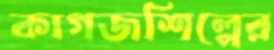
কাগজশিল্পের